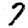
Digit: 7